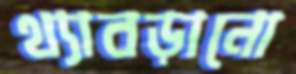
থ্যাবড়ানো